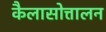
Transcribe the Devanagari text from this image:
कैलासोत्तालन